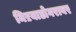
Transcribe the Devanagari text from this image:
मिऱयाडोगरावर